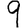
Digit: 9